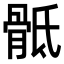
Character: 骶